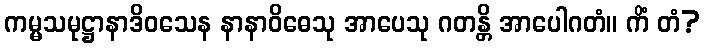
ကမ္မသမုဋ္ဌာနာဒိဝသေန နာနာဝိဓေသု အာပေသု ဂတန္တိ အာပေါဂတံ။ ကိံ တံ?